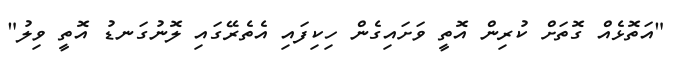
"އަތޮޅެއް ގޮތަށް ކުރިން އޮތީ ވަށައިގެން ހިކިފައި އެތެރޭގައި ލޮނުގަނޑު އޮތީ ވިލު"